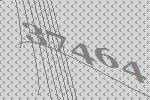
37464